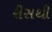
રીસથી